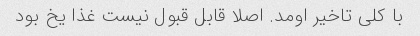
با کلی تاخیر اومد. اصلا قابل قبول نیست غذا یخ بود